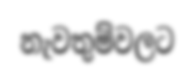
නැවතුම්වලට